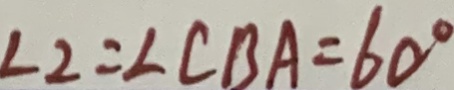
\angle 2 = \angle C B A = 6 0 ^ { \circ }